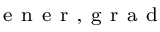
_ \mathrm { ~ e ~ n ~ e ~ r ~ , ~ g ~ r ~ a ~ d ~ }